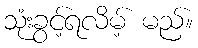
သုံးခွင့်ရလိမ့် မည်။